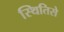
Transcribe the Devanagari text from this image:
स्थितिसे